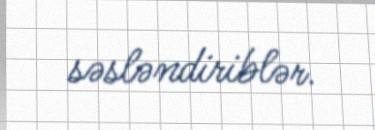
səsləndiriblər.